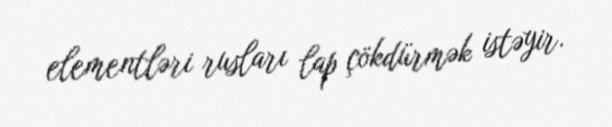
elementləri rusları lap çökdürmək istəyir.